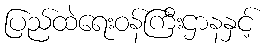
ပြည်ထဲရေးဝန်ကြီးဌာနနှင့်